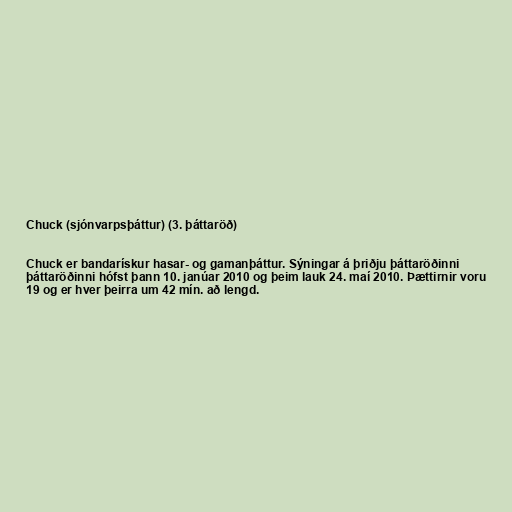
Chuck (sjónvarpsþáttur) (3. þáttaröð)

Chuck er bandarískur hasar- og gamanþáttur. Sýningar á þriðju þáttaröðinni
þáttaröðinni hófst þann 10. janúar 2010 og þeim lauk 24. maí 2010. Þættirnir voru
19 og er hver þeirra um 42 mín. að lengd.